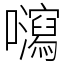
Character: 𡄽